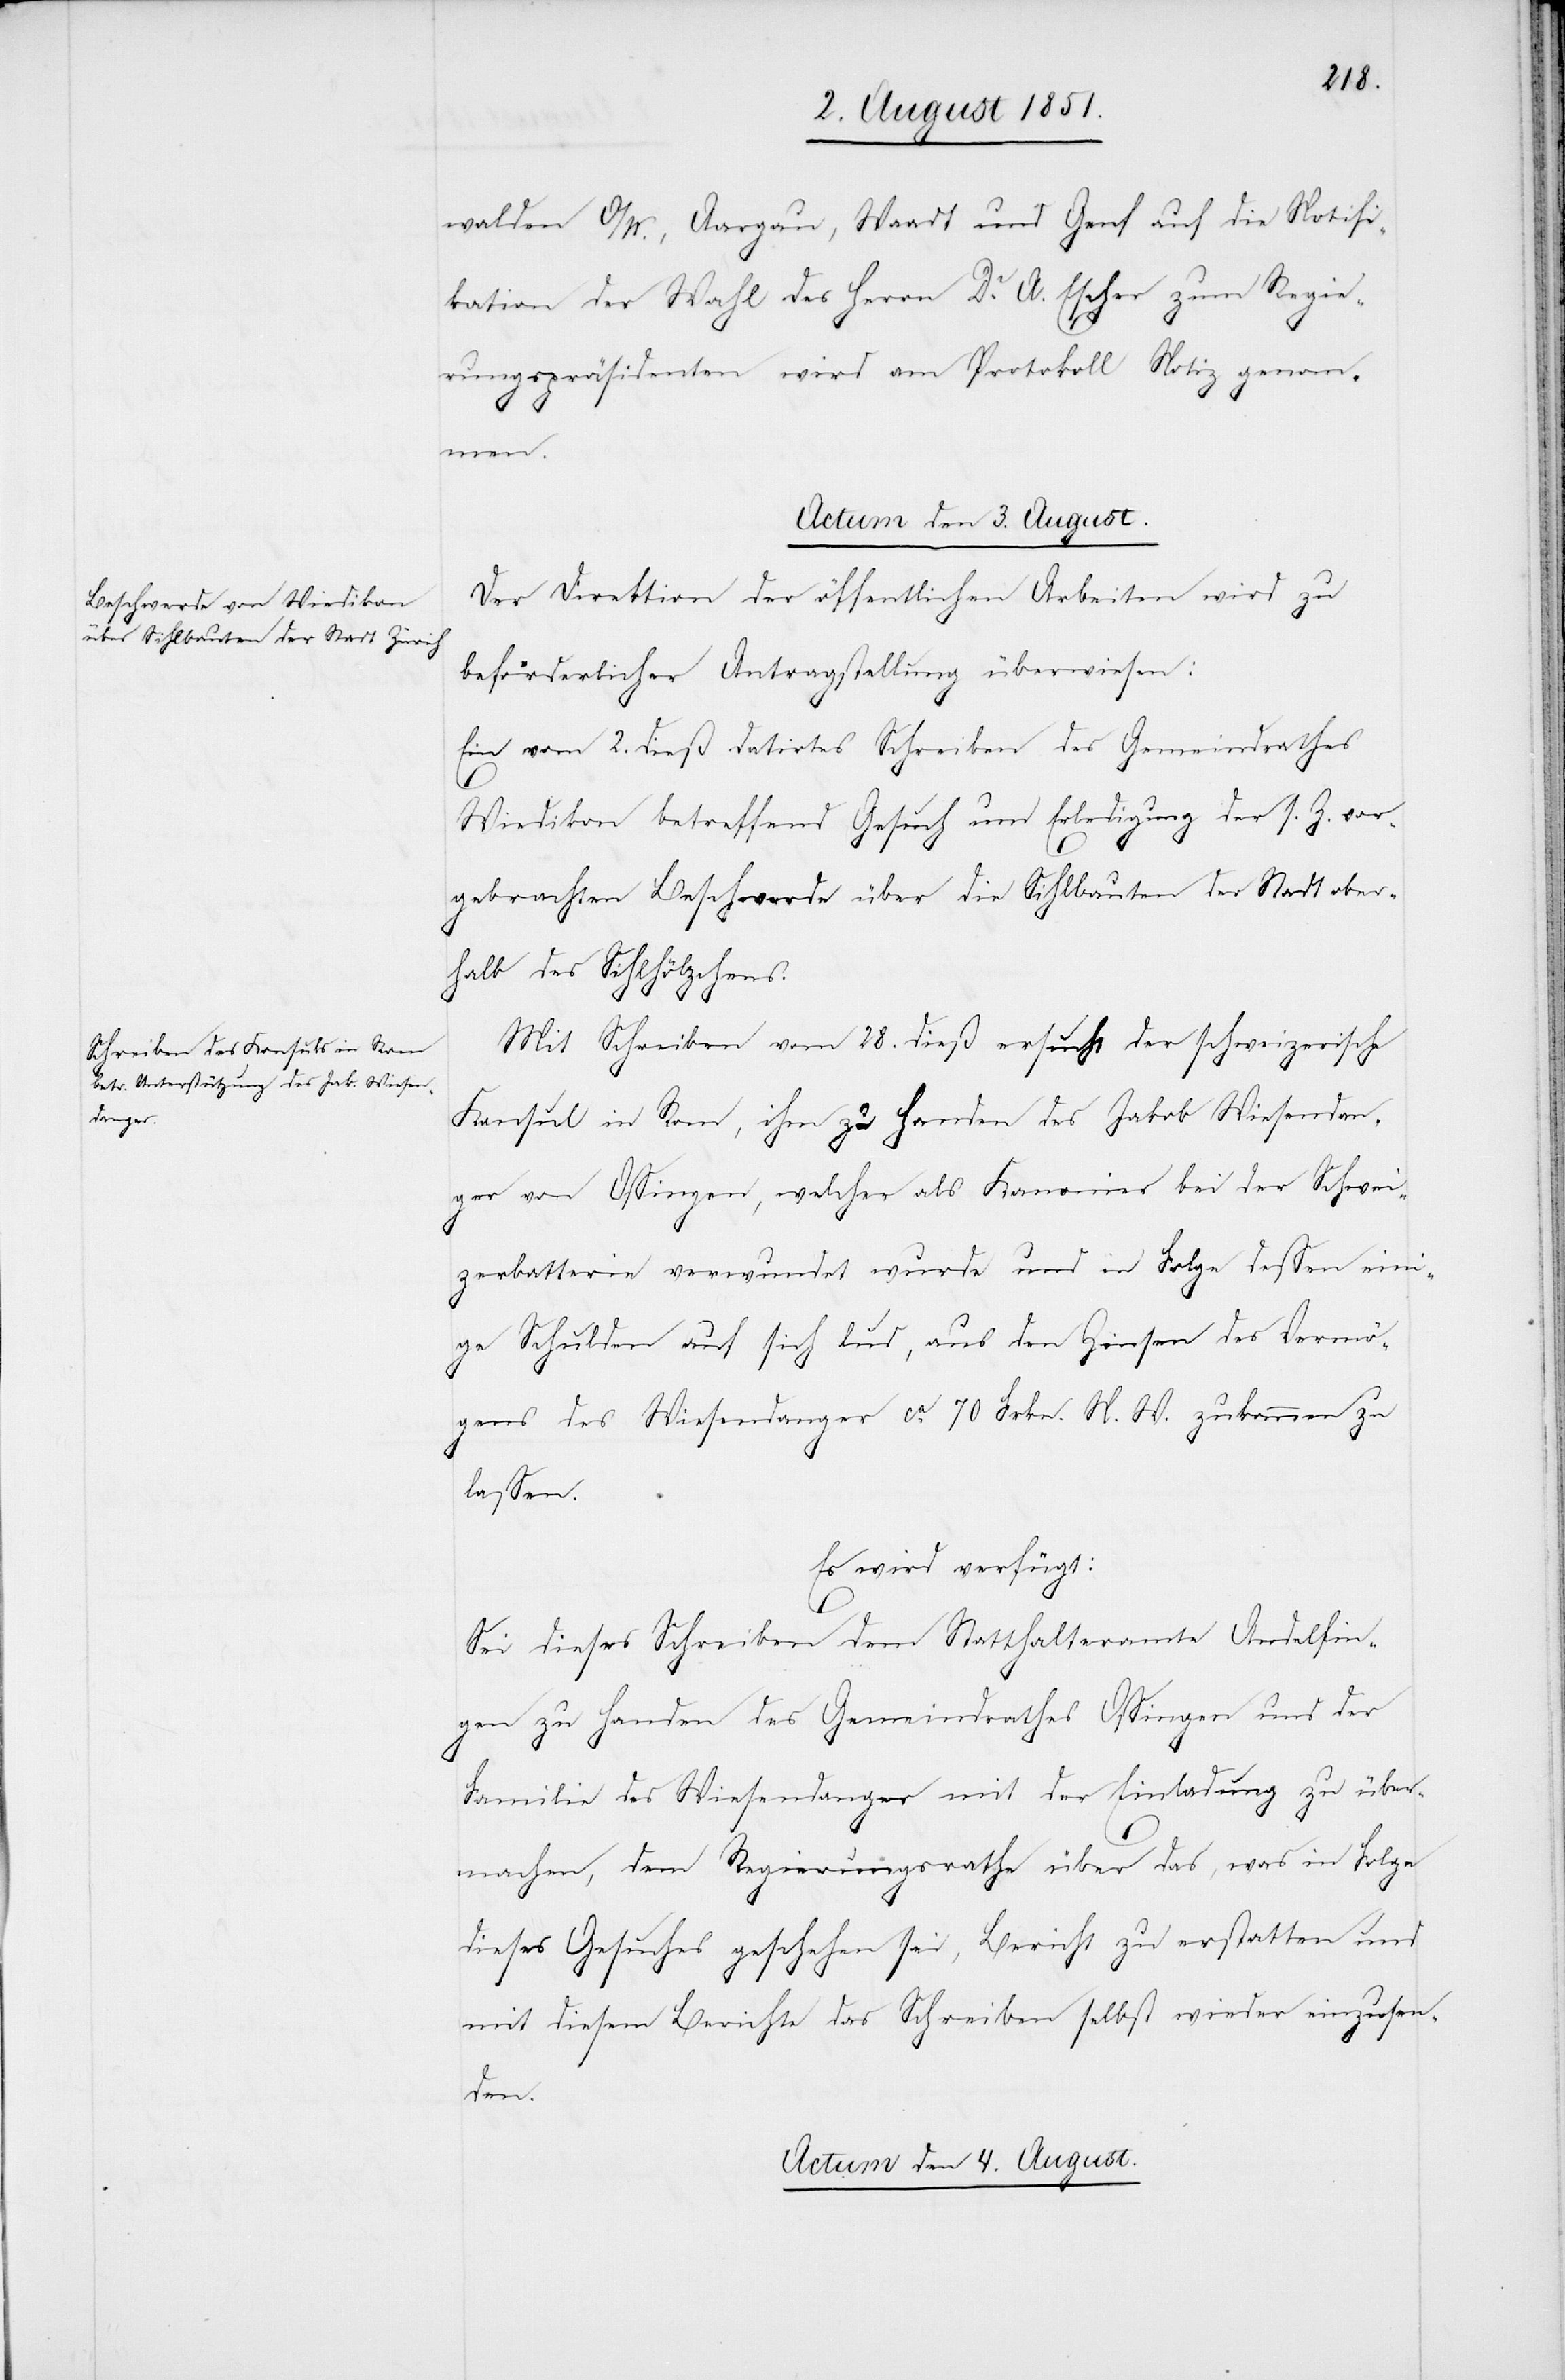
walden O/W., Aargau, Waadt und Genf auf die Notifi¬
kation der Wahl des Herrn Dr. A. Escher zum Regie¬
rungspräsidenten wird am Protokoll Notiz genom¬
men.
Actum den 3. August.]
Der Direktion der öffentlichen Arbeiten wird zu
beförderlicher Antragstellung überwiesen:
Ein vom 2. dieß datirtes Schreiben des Gemeindrathes
Wiedikon betreffend Gesuch um Erledigung der s. Z. vor¬
gebrachten Beschwerde über die Sihlbauten der Stadt ober¬
halb des Sihlhölzchens.
Mit Schreiben vom 28. dieß ersucht der schweizerische
Konsul in Rom, ihm zu Handen des Jakob Wiesendan¬
ger von Ossingen, welcher als Kanonier bei der Schwei¬
zerbatterie verwundet wurde und in Folge dessen eini¬
ge Schulden auf sich lud, aus den Zinsen des Vermö¬
gens des Wiesendanger ca. 70 Frkn. N. W. zukommen zu
lassen.
Es wird verfügt:
Sei dieses Schreiben dem Statthalteramte Andelfin¬
gen zu Handen des Gemeindrathes Ossingen und der
Familie des Wiesendanger mit der Einladung zu über¬
machen, dem Regierungsrathe über das, was in Folge
dieses Gesuches geschehen sei, Bericht zu erstatten und
mit diesem Berichte das Schreiben selbst wieder einzusen¬
den.
Actum den 4. August.